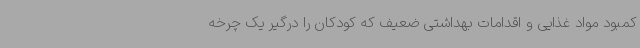
کمبود مواد غذایی و اقدامات بهداشتی ضعیف که کودکان را درگیر یک چرخه